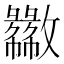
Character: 𫿦